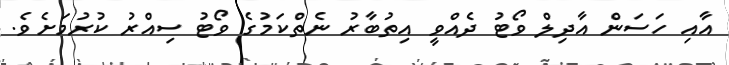
އާއި ހަސަން އާދިލް ވޯޓު ދެއްވީ އިތުބާރު ނެތްކަމުގެ ވޯޓު ސިއްރު ކުރުމަށެވެ.